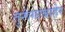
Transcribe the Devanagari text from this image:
तुरूंगाबाहेर